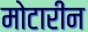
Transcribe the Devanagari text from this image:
मोटारीन